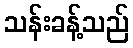
သန်းခန့်သည်